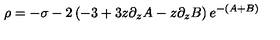
\rho = - \sigma - 2 \left( - 3 + 3 z \partial _ { z } A - z \partial _ { z } B \right) e ^ { - ( A + B ) }